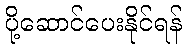
ပို့ဆောင်ပေးနိုင်ရန်